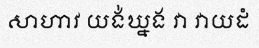
សាហាវ យង់ឃ្នង វា វាយដំ